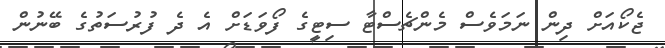
ޖެކޯއަށް ދިން ނަމަވެސް މެންޗެސްޓާ ސިޓީގެ ފޯވަޑަށް އެ ދެ ފުރުސަތުގެ ބޭނުން